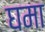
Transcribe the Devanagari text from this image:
घमा